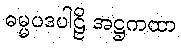
ဓမ္မပဒပါဠိ အဋ္ဌကထာ